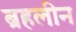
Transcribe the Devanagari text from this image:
ब्रहलीन